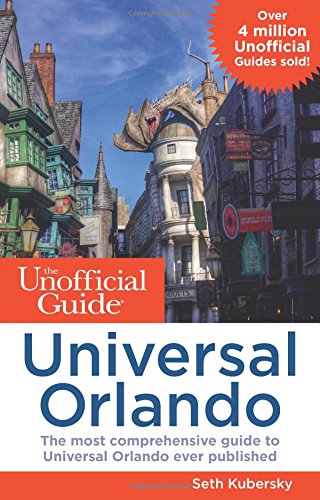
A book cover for The Unofficial Guide to Universal Orlando; Seth Kubersky; Parenting & Relationships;